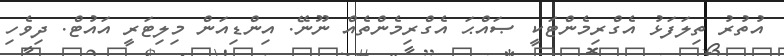
އުތުރު ތިލަފަޅު އެގްރިމެންޓަކީ ޞައްޙަ އެގްރިމެންތެއް ނޫނޭ. އިންޑިއަން މިލިޓަރީ އައުޓް. ދިވެހި